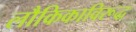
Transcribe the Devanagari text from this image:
लौकिकाविरूद्ध